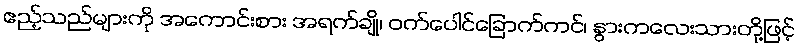
ဧည့်သည်များကို အကောင်းစား အရက်ချို၊ ဝက်ပေါင်ခြောက်ကင်၊ နွားကလေးသားတို့ဖြင့်